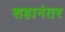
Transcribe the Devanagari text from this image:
शहानंतर